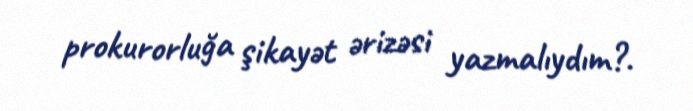
prokurorluğa şikayət ərizəsi yazmalıydım?.